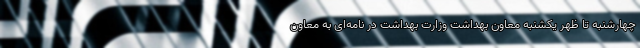
چهارشنبه تا ظهر یکشنبه معاون بهداشت وزارت بهداشت در نامه‌ای به معاون